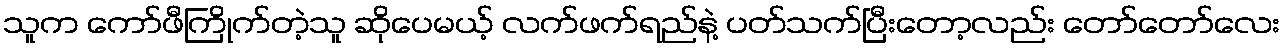
သူက ကော်ဖီကြိုက်တဲ့သူ ဆိုပေမယ့် လက်ဖက်ရည်နဲ့ ပတ်သက်ပြီးတော့လည်း တော်တော်လေး